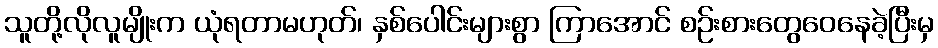
သူတို့လိုလူမျိုးက ယုံရတာမဟုတ်၊ နှစ်ပေါင်းများစွာ ကြာအောင် စဉ်းစားတွေဝေနေခဲ့ပြီးမှ